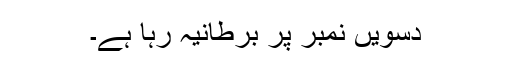
دسویں نمبر پر برطانیہ رہا ہے۔